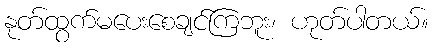
နုတ်ထွက်မပေးစေချင်ကြဘူး၊ ဟုတ်ပါတယ်။